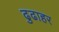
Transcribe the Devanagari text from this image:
ढुढाहर